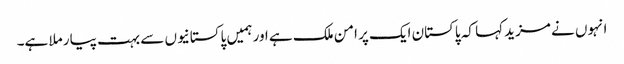
انہوں نے مزید کہا کہ پاکستان ایک پر امن ملک ہے اور ہمیں پاکستانیوں سے بہت پیار ملا ہے۔